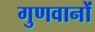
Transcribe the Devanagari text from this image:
गुणवानों